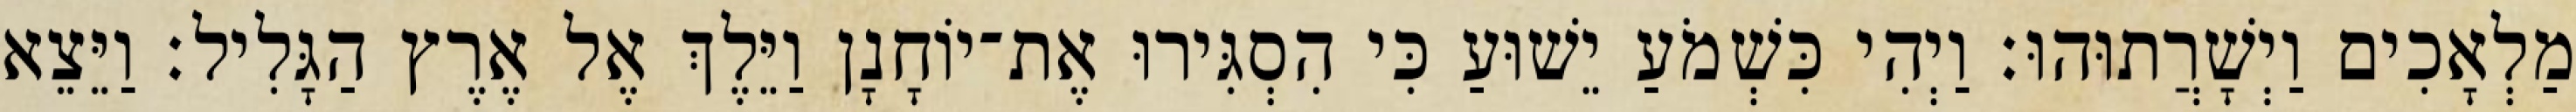
מַלְאָכִים וַיְשָׁרֲתוּהוּ׃ וַיְהִי כִּשְׁמֹעַ יֵשׁוּעַ כִּי הִסְגִּירוּ אֶת־יוֹחָנָן וַיֵּלֶךְ אֶל אֶרֶץ הַגָּלִיל׃ וַיֵּצֵא